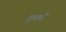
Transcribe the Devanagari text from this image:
चुकौ